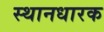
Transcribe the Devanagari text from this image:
स्थानधारक